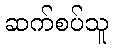
ဆက်စပ်သူ